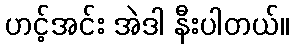
ဟင့်အင်း အဲဒါ နီးပါတယ်။